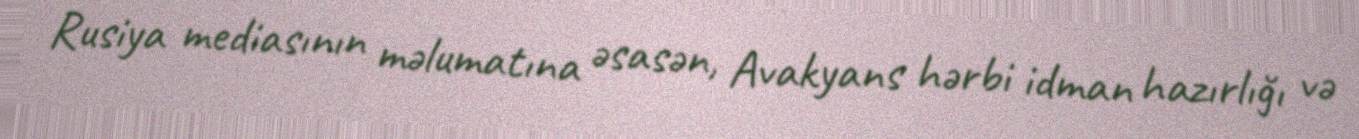
Rusiya mediasının məlumatına əsasən, Avakyans hərbi idman hazırlığı və